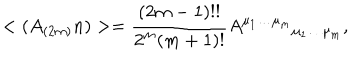
LaTeX: < ( A _ { ( 2 m ) } n ) > = \frac { ( 2 m - 1 ) ! ! } { 2 ^ { m } ( m + 1 ) ! } A ^ { \mu _ { 1 } \ldots \mu _ { m } } { } _ { \mu _ { 1 } \ldots \mu _ { m } } ,